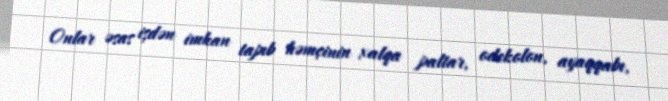
Onlar əsas işdən imkan tapıb həmçinin xalqa paltar, odekolon, ayaqqabı,